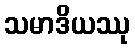
သမာဒိယဿု